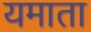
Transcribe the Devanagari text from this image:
यमाता